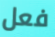
فعل